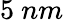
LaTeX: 5~nm